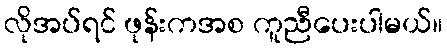
လိုအပ်ရင် ဖုန်းကအစ ကူညီပေးပါမယ်။